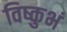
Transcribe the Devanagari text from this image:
विष्कुभं